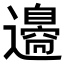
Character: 𨘢